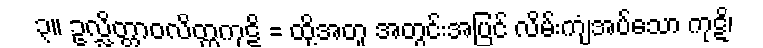
၃။ ဥလ္လိတ္တာဝလိတ္တကုဋိ = ထို့အတူ အတွင်းအပြင် လိမ်းကျံအပ်သော ကုဋိ၊